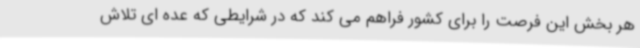
هر بخش این فرصت را برای کشور فراهم می کند که در شرایطی که عده ای تلاش